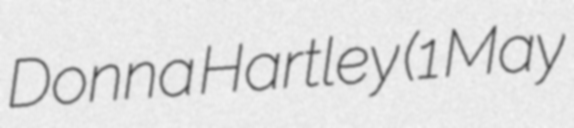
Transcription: Donna Hartley (1 May